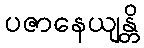
ပဇာနေယျန္တိ